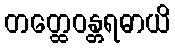
တတ္ထေဝန္တရဓာယိ